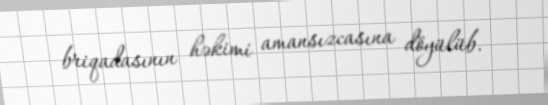
briqadasının həkimi amansızcasına döyülüb.